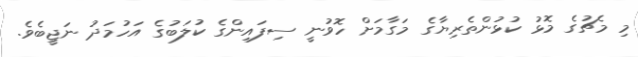
މި މެޗުގެ މޮޅު ކުޅުންތެރިޔާގެ މަގާމަށް ހޮވުނީ ސިފައިންގެ ކުލަބުގެ އަހުމަދު ނަޖީބެވެ.